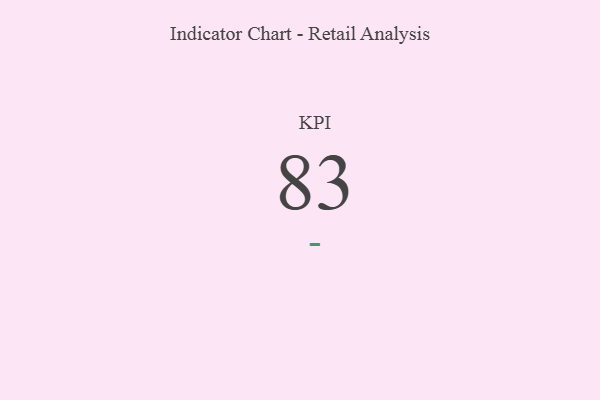
{"axis": {"x": "KPI", "y": "Value"}, "legend": [""], "data": [{"x": "KPI", "y": 83, "type": ""}]}